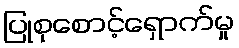
ပြုစုစောင့်ရှောက်မှု